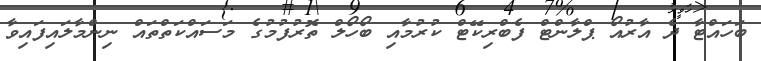
ބަހައްޓާ ދެ އާރުއޯ ޕްލާންޓް ފެބްރިކޭޓް ކުރުމާއި ބޯހޯލް ތޮރުފުމުގެ މަސައްކަތްތައް ނިންމާލައިފައިވާ